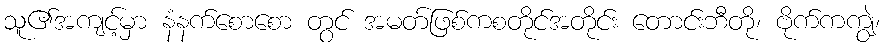
သူ၏အကျင့်မှာ နံနက်စောစော တွင် အမတ်ဖြစ်ကစတိုင်အတိုင်း တောင်းဘီတို၊ ဗိုက်ကကျွဲ၊